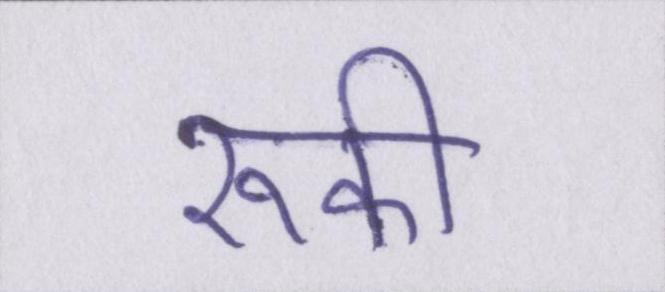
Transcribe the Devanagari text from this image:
रूकी